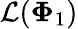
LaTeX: \mathcal{L}(\mathbf{\Phi}_{1})